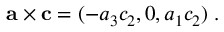
\begin{array} { r } { { \bf { a } } \times { \bf { c } } = ( - a _ { 3 } c _ { 2 } , 0 , a _ { 1 } c _ { 2 } ) \; . } \end{array}